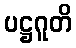
ပဋ္ဌဂူတိ